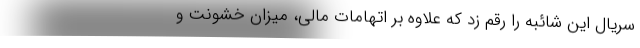
سریال این شائبه را رقم زد که علاوه بر اتهامات مالی، میزان خشونت و